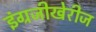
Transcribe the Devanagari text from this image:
इंग्रजीखेरीज